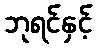
ဘုရင်နှင့်